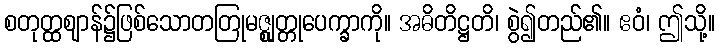
စတုတ္ထဈာန်၌ဖြစ်သောတတြုမဇ္ဈုတ္တုပေက္ခာကို။ အဓိတိဋ္ဌတိ၊ စွဲ၍တည်၏။ ဧဝံ၊ ဤသို့။